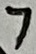
Text: 7